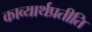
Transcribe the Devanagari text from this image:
काव्यार्थप्रतीति